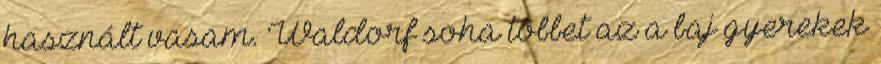
használt vasam. Waldorf soha többet az a baj gyerekek